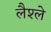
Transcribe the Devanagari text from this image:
लैश्ले